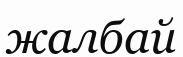
жалбай